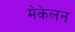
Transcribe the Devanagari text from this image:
मेकेलन